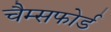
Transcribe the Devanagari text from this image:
चैम्सफोर्ड